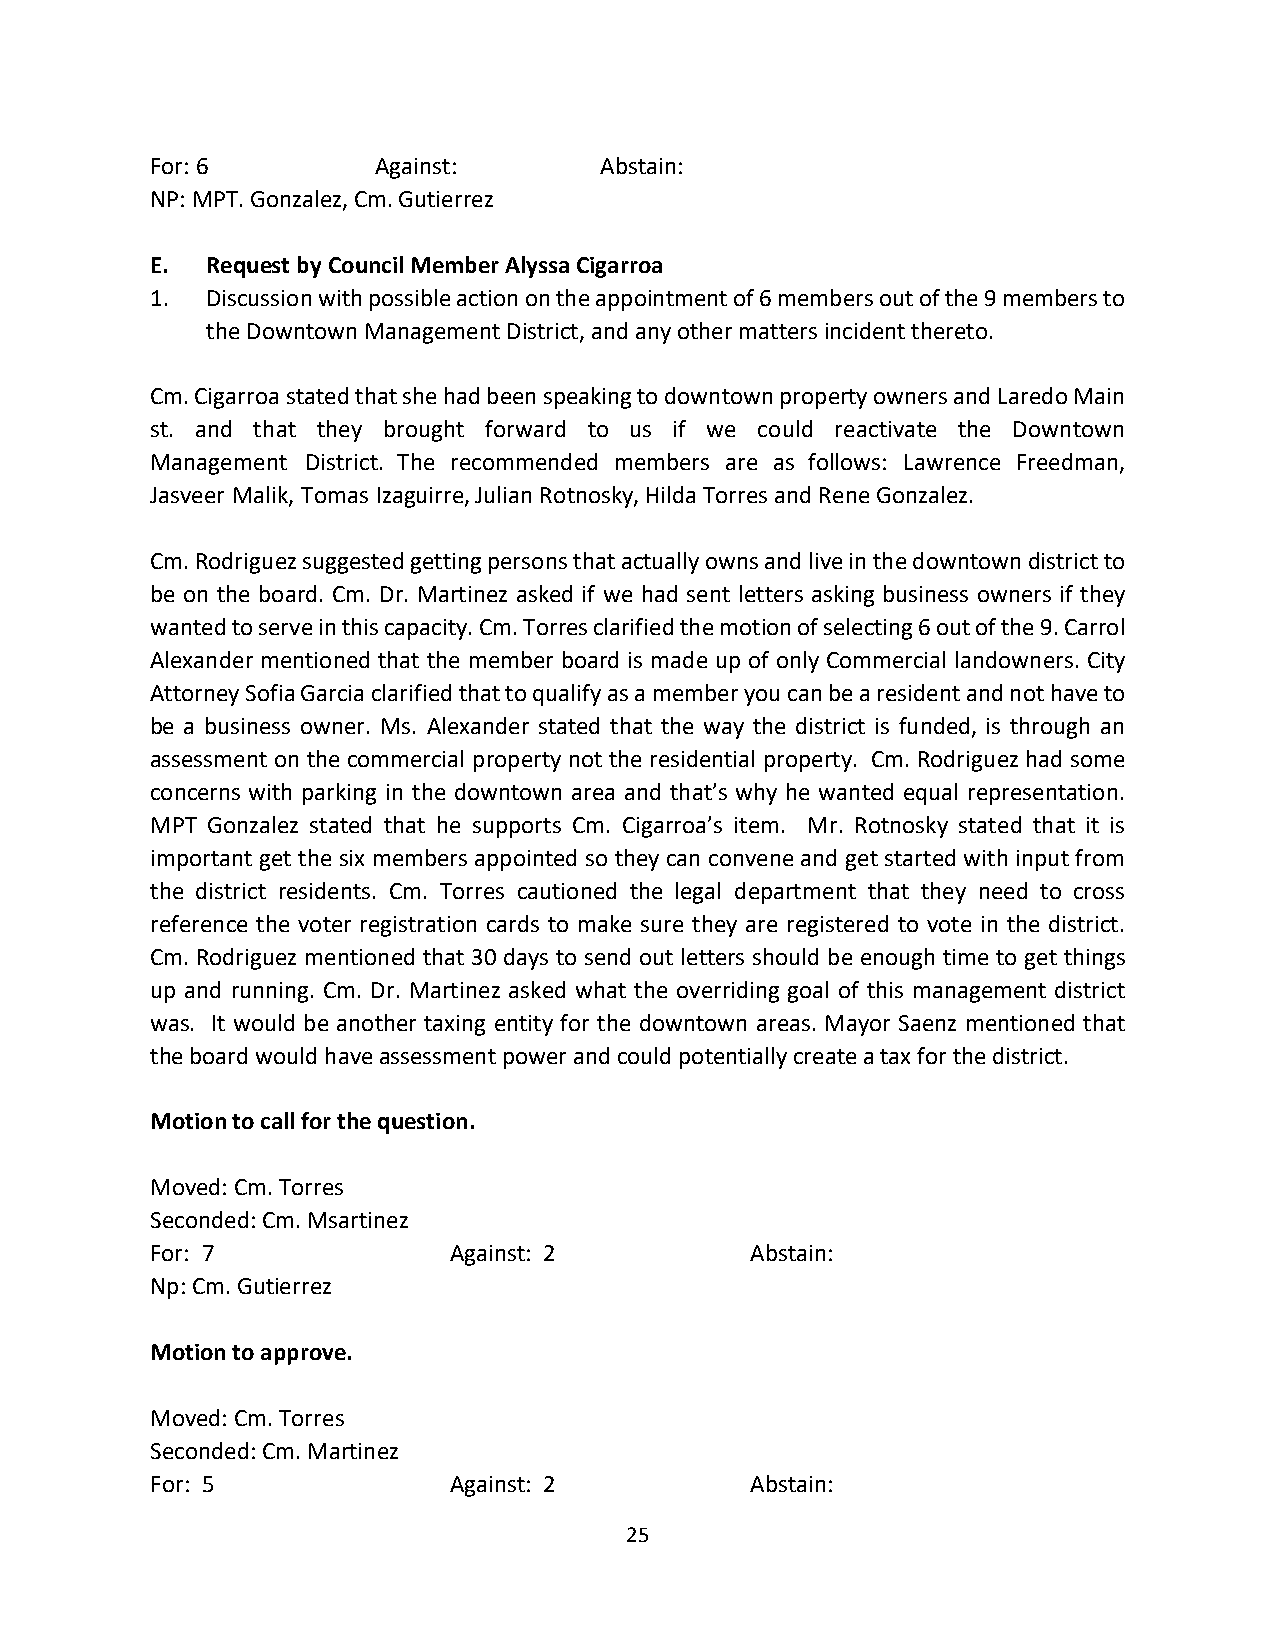
For: 6         Against:       Abstain:
 NP: MPT. Gonzalez, Cm. Gutierrez
 E.  Request by Council Member Alyssa Cigarroa
 1.  Discussion with possible action on the appointment of 6 members out of the 9 members to
 the Downtown Management District, and any other matters incident thereto.
 Cm. Cigarroa stated that she had been speaking to downtown property owners and Laredo Main
 st. and that they brought forward to us if we could reactivate the Downtown
 Management District. The recommended members are as follows: Lawrence Freedman,
 Jasveer Malik, Tomas Izaguirre, Julian Rotnosky, Hilda Torres and Rene Gonzalez.
 Cm. Rodriguez suggested getting persons that actually owns and live in the downtown district to
 be on the board. Cm. Dr. Martinez asked if we had sent letters asking business owners if they
 wanted to serve in this capacity. Cm. Torres clarified the motion of selecting 6 out of the 9. Carrol
 Alexander mentioned that the member board is made up of only Commercial landowners. City
 Attorney Sofia Garcia clarified that to qualify as a member you can be a resident and not have to
 be a business owner. Ms. Alexander stated that the way the district is funded, is through an
 assessment on the commercial property not the residential property. Cm. Rodriguez had some
 concerns with parking in the downtown area and that’s why he wanted equal representation.
 MPT Gonzalez stated that he supports Cm. Cigarroa’s item. Mr. Rotnosky stated that it is
 important get the six members appointed so they can convene and get started with input from
 the district residents. Cm. Torres cautioned the legal department that they need to cross
 reference the voter registration cards to make sure they are registered to vote in the district.
 Cm. Rodriguez mentioned that 30 days to send out letters should be enough time to get things
 up and running. Cm. Dr. Martinez asked what the overriding goal of this management district
 was. It would be another taxing entity for the downtown areas. Mayor Saenz mentioned that
 the board would have assessment power and could potentially create a tax for the district.
 Motion to call for the question.
 Moved: Cm. Torres
 Seconded: Cm. Msartinez
 For: 7              Against: 2          Abstain:
 Np: Cm. Gutierrez
 Motion to approve.
 Moved: Cm. Torres
 Seconded: Cm. Martinez
 For: 5              Against: 2          Abstain:
 25